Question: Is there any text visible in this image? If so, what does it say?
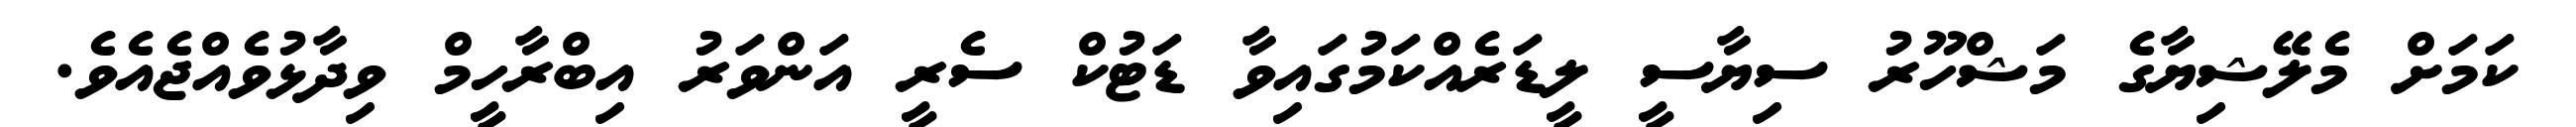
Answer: ކަމަށް މެލޭޝިޔާގެ މަޝްހޫރު ސިޔާސީ ލީޑަރެއްކަމުގައިވާ ޑަޓުކް ސެރީ އަންވަރު އިބްރާހީމް ވިދާޅުވެއްޖެއެވެ.